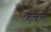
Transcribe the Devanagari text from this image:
क्रकतो